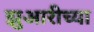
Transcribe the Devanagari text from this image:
झुआरीच्या